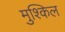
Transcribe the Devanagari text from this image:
मुश्‍किल